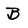
Character: B